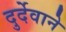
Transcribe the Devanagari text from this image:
दुर्देवाने